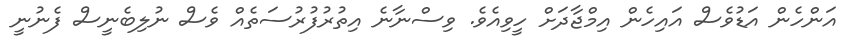
އަންހެން އަޑުވެސް އައިހެން އިމްޖާދަށް ހީވިއެވެ. ވިސްނާނެ އިތުރުފުރުސަތެއް ވެސް ނުލިބެނީސް ފެނުނީ